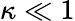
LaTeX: \kappa\ll 1